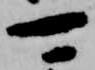
可